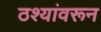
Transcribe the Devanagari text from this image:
ठश्यांवरून